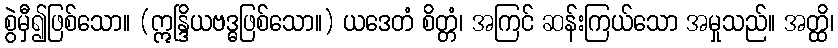
စွဲမှီ၍ဖြစ်သော။ (ဣန္ဒြိယဗဒ္ဓဖြစ်သော။) ယဒေတံ စိတ္တံ၊ အကြင် ဆန်းကြယ်သော အမှုသည်။ အတ္ထိ၊